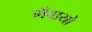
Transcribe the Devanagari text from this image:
गँवायो